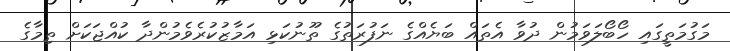
މަގުމަތީގައި ހޯބޯލަވަމުން ދުވާ އެތައް ބަޔެއްގެ ނަފުރަތުގެ ތޫނުކަޅި އަމާޒުކުރެވެމުންދާ ކުއްޖަކަށް ތިމާގެ